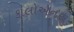
કાલોએનસ